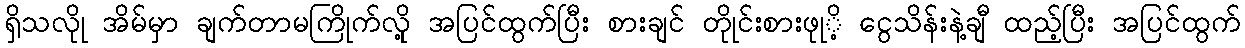
ရှိသလိုု အိမ်မှာ ချက်တာမကြိုက်လိုု့ အပြင်ထွက်ပြီး စားချင် တိုုင်းစားဖုုိ့ ငွေသိန်းနဲ့ချီ ထည့်ပြီး အပြင်ထွက်